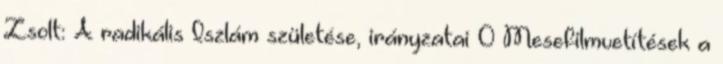
Zsolt: A radikális Iszlám születése, irányzatai 0 Mesefilmvetítések a